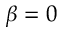
\beta = 0